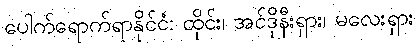
ပေါက်ရောက်ရာနိုင်ငံ: ထိုင်း၊ အင်ဒိုနီးရှား၊ မလေးရှား